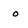
Character: o